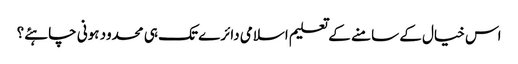
اس خیال کے سامنے کے تعلیم اسلامی دائرے تک ہی محدود ہونی چاہئے؟